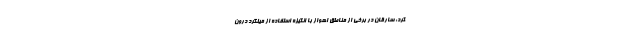
کرد: سارقان در برخی از مناطق اهواز با انگیزه استفاده از میلگرد درون